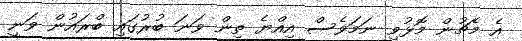
އެ މެޗުން މޮޅުވި ނަމަވެސް އިއްޔެ ތިން ވަނަ ބުރުގައި ބްރައުން ވަނީ